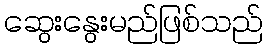
ဆွေးနွေးမည်ဖြစ်သည်